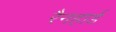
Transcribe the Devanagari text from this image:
रैनहार्ड